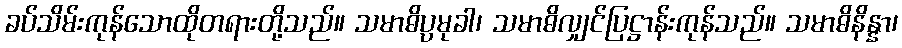
ခပ်သိမ်းကုန်သောထိုတရားတို့သည်။ သမာဓိပ္ပမုခါ၊ သမာဓိလျှင်ပြဋ္ဌာန်းကုန်သည်။ သမာဓိနိန္နာ၊